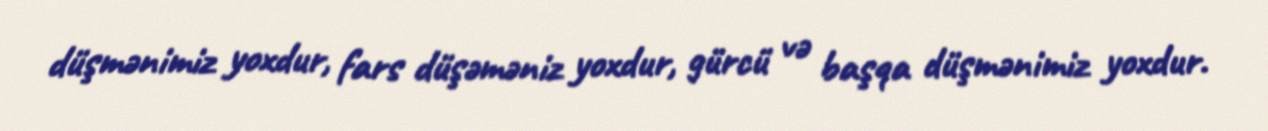
düşmənimiz yoxdur, fars düşəməniz yoxdur, gürcü və başqa düşmənimiz yoxdur.